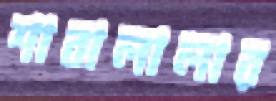
শাবালালার